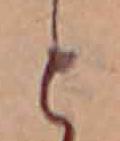
と